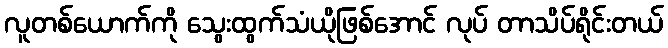
လူတစ်ယောက်ကို သွေးထွက်သံယိုဖြစ်အောင် လုပ် တာသိပ်ရိုင်းတယ်